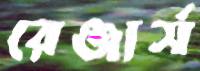
রেঞ্জার্স